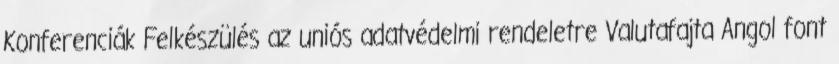
Konferenciák Felkészülés az uniós adatvédelmi rendeletre Valutafajta Angol font